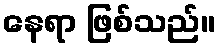
နေရာ ဖြစ်သည်။